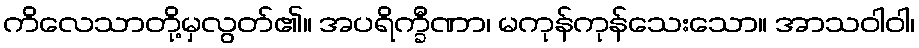
ကိလေသာတို့မှလွတ်၏။ အပရိက္ခီဏာ၊ မကုန်ကုန်သေးသော။ အာသဝါဝါ၊